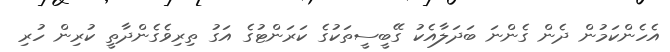
އެހެންކަމުން ދެން ގެންނަ ބަދަލާއެކު ގޭބީސީތަކުގެ ކަރަންޓުގެ އަގު ތިރިވެގެންދާތީ ކުރިން ހުރި